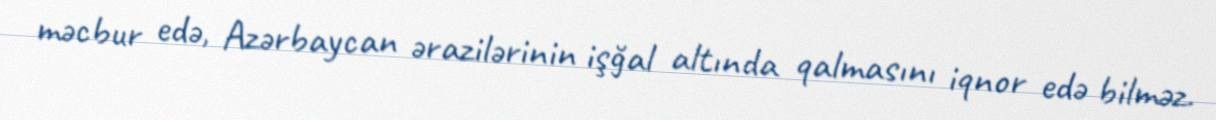
məcbur edə, Azərbaycan ərazilərinin işğal altında qalmasını iqnor edə bilməz.